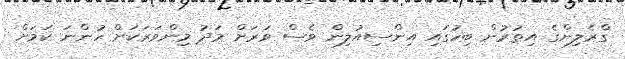
ގްރެލިންގެ އިތުރުން ބިހުގައި އިންސިއުލިން ވެސް ވަރަށް މަދު މިންވަރަކަށް ހުންނަ ކަމަށް